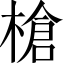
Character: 槍